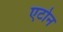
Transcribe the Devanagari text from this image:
एटोन